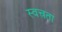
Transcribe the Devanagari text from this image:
स्वत्त्रता